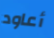
أعاود